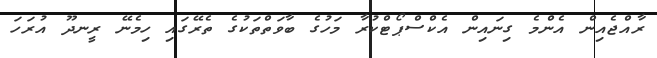
ރާއްޖެއިން އެންމެ ގިނައިން އެކްސްޕޯޓްކުރާ މަހުގެ ބާވަތްތަކުގެ ތެރޭގައި ހިމެނޭ ރީނދޫ އުރަހަ